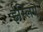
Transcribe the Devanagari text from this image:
ईस्लिए